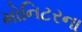
મોનિટરના